Scottish Leaving Certificate Examination, 1957
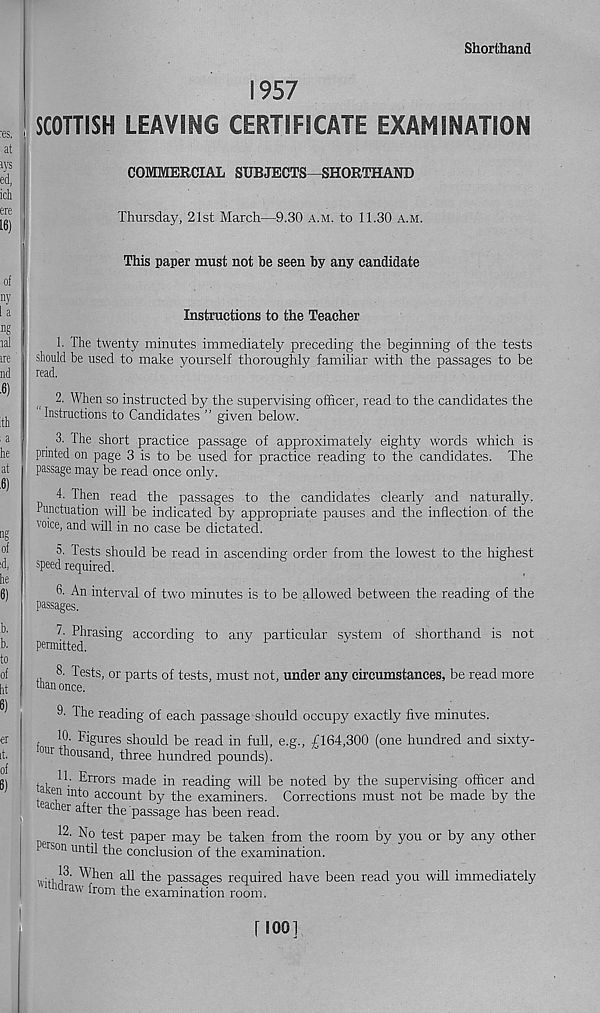
Shorthand
1957
SCOTTISH LEAVING CERTIFICATE EXAMINATION
COMMERCIAL SUBJECTS SHORTHAND
Thursday, 21st March-—9.30 a.m. to 11.30 a.m.
This paper must not be seen by any candidate
Instructions to the Teacher
1. The twenty minutes immediately preceding the beginning of the tests
should be used to make yourself thoroughly familiar with the passages to be
read.
2. When so instructed by the supervising officer, read to the candidates the
Instructions to Candidates ” given below.
3. The short practice passage of approximately eighty words which is
printed on page 3 is to be used for practice reading to the candidates. The
passage may be read once only.
4. Then read the passages to the candidates clearly and naturally.
Punctuation will be indicated by appropriate pauses and the inflection of the
'nice, and will in no case be dictated.
5. Tests should be read in ascending order from the lowest to the highest
speed required.
3- An interval of two minutes is to be allowed between the reading of the
Passages.
^
Phrasing according to any particular system of shorthand is not
8. Tests, or parts of tests, must not, under any circumstances, be read more
tnan once.
9' The reading of each passage should occupy exactly five minutes.
10. Figures should be read in full, e.g., £164,300 (one hundred and sixty-
°ur thousand, three hundred pounds).
t L-
^r rors ma de in reading will be noted by the supervising officer and
, ak ™ mto account by the examiners. Corrections must not be made by the
eacier alter the passage has been read.
12. No test paper may be taken from the room by you or by any other
v rson until the conclusion of the examination.
j 3 - When all the passages required have been read you will immediately
1 raw Irorn the examination room.